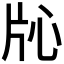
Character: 𬌓